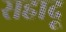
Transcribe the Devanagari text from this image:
सहादू